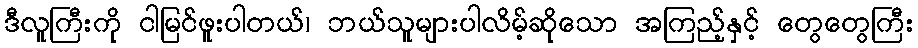
ဒီလူကြီးကို ငါမြင်ဖူးပါတယ်၊ ဘယ်သူများပါလိမ့်ဆိုသော အကြည့်နှင့် တွေတွေကြီး